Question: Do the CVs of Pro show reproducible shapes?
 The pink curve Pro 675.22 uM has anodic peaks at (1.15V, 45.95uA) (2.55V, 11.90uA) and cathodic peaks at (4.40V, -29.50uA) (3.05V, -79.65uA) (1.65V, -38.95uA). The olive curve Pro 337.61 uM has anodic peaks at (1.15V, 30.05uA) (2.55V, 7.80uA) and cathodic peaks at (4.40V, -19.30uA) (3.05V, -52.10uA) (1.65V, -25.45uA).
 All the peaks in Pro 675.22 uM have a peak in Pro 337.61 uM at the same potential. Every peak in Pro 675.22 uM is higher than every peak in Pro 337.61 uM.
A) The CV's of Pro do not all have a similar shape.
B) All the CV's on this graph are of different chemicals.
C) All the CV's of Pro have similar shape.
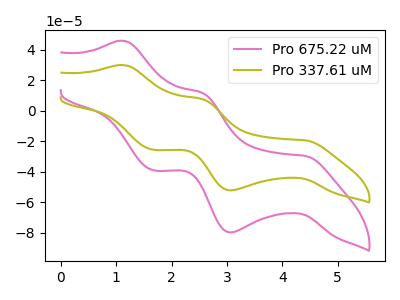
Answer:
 <answer>C) All the CV's of "Pro" have similar shape.</answer>
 <eval>C</eval>